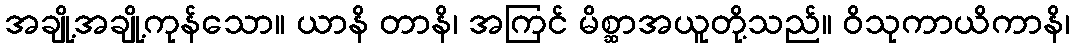
အချို့အချို့ကုန်သော။ ယာနိ တာနိ၊ အကြင် မိစ္ဆာအယူတို့သည်။ ဝိသုကာယိကာနိ၊